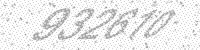
Solution: 932610